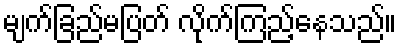
မျက်ခြည်မပြတ် လိုက်ကြည့်နေသည်။